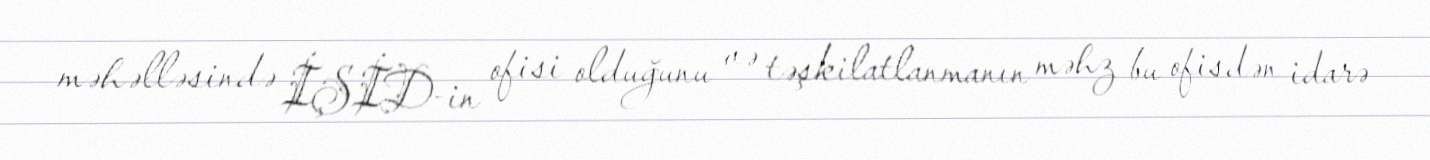
məhəlləsində İŞİD-in ofisi olduğunu və təşkilatlanmanın məhz bu ofisdən idarə